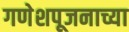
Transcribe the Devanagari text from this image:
गणेशपूजनाच्या